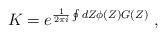
LaTeX: \begin{align*}K=e^{\frac{1}{2\pi i}\oint dZ \phi(Z) G(Z)}\;,\end{align*}